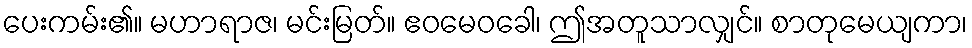
ပေးကမ်း၏။ မဟာရာဇ၊ မင်းမြတ်။ ဧဝမေဝခေါ၊ ဤအတူသာလျှင်။ စာတုမေယျကာ၊